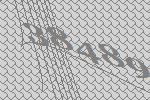
38489